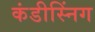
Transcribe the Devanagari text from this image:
कंडीस्निंग